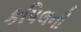
કપિલની